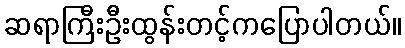
ဆရာကြီးဦးထွန်းတင့်ကပြောပါတယ်။